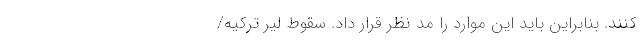
کنند. بنابراین باید این موارد را مد نظر قرار داد. سقوط لیر ترکیه/